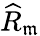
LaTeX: {\widehat{R}}_{\mathfrak{m}}